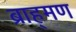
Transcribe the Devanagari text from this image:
ब्राह्‌मण